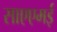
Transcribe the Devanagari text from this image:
साएएमई